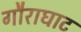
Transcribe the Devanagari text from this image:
गौराघाट